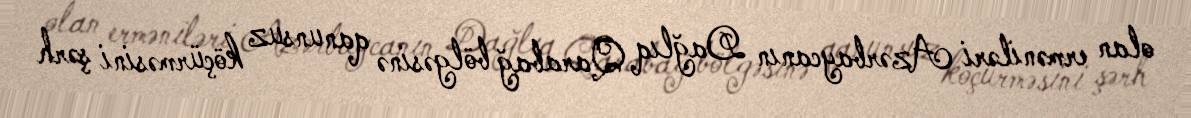
olan erməniləri Azərbaycanın Dağlıq Qarabağ bölgəsinə qanunsuz köçürməsini şərh